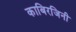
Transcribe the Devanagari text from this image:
काबिरजिनी